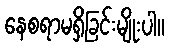
နေစရာမရှိခြင်းမျိုးပါ။